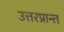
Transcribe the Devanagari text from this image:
उत्तरप्रान्त